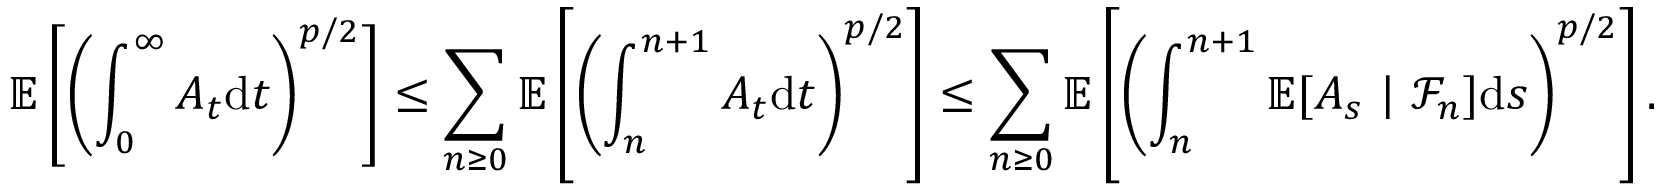
{ \ensuremath { \mathbb E } } \left[ \left( \int _ { 0 } ^ { \infty } A _ { t } \mathrm { d } t \right) ^ { p / 2 } \right] \le \sum _ { n \ge 0 } { \ensuremath { \mathbb E } } \left[ \left( \int _ { n } ^ { n + 1 } A _ { t } \mathrm { d } t \right) ^ { p / 2 } \right] \le \sum _ { n \ge 0 } { \ensuremath { \mathbb E } } \left[ \left( \int _ { n } ^ { n + 1 } { \ensuremath { \mathbb E } } [ A _ { s } \ | \ \mathcal F _ { n } ] \mathrm { d } s \right) ^ { p / 2 } \right] .